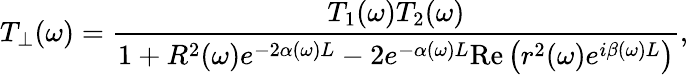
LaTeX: T_{\perp}(\omega)=\frac{T_{1}(\omega)T_{2}(\omega)}{1+R^{2}(\omega)e^{-2\alpha(\omega)L}-2e^{-\alpha(\omega)L}\mathrm{Re}\left(r^{2}(\omega)e^{i\beta(\omega)L}\right)},